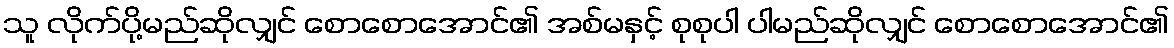
သူ လိုက်ပို့မည်ဆိုလျှင် စောစောအောင်၏ အစ်မနှင့် စုစုပါ ပါမည်ဆိုလျှင် စောစောအောင်၏